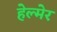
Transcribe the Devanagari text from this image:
हेल्मेर